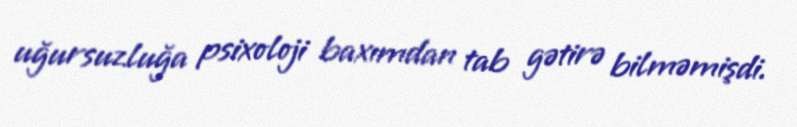
uğursuzluğa psixoloji baxımdan tab gətirə bilməmişdi.